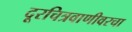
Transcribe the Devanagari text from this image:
दूरचित्रवाणीवरचा